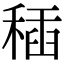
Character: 䅤